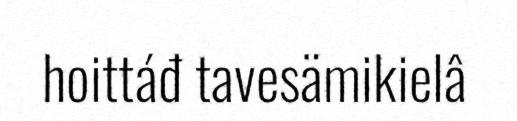
hoittáđ tavesämikielâ